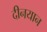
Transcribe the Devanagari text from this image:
दीनयान